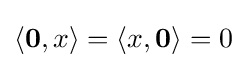
\langle \mathbf {0} ,x\rangle =\langle x,\mathbf {0} \rangle =0